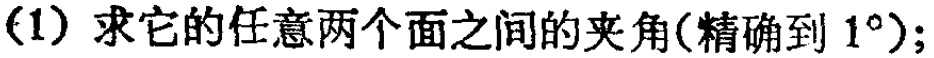
(1) 求它的任意两个面之间的夹角(精确到 \(1^{\circ}\))；